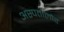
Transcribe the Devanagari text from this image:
अस्पतालौर